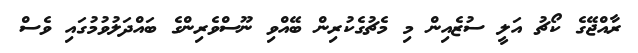
ރާއްޖޭގެ ކޯޗު އަލީ ސުޒެއިން މި މެޗުގެކުރިން ބޭއްވި ނޫސްވެރިންގެ ބައްދަލުވުމުގައި ވެސް